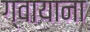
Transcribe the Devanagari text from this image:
ग्वायाना